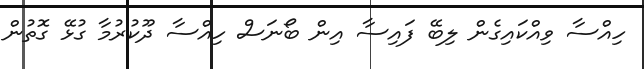
ހިއްސާ ވިއްކައިގެން ލިބޭ ފައިސާ އިން ބޯނަސް ހިއްސާ ދޫކުރުމާ ގުޅޭ ގޮތުން